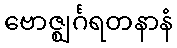
ဗောဇ္ဈင်္ဂရတနာနံ